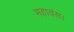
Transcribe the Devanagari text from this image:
महावंस।